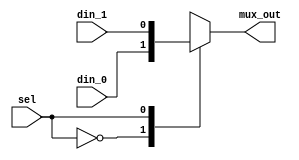
// This program was cloned from: https://github.com/TeamVoss/VossII
// License: Apache License 2.0

//-----------------------------------------------------
// Design Name : mux_using_case
// Function    : 2:1 Mux using Case
// Coder       : Deepak Kumar Tala
//-----------------------------------------------------
module  mux2(
    din_0      , // Mux first input
    din_1      , // Mux Second input
    sel           , // Select input
    mux_out   // Mux output
);
//-----------Input Ports---------------
input din_0, din_1, sel ;
//-----------Output Ports---------------
output mux_out;
//------------Internal Variables--------
reg  mux_out;
//-------------Code Starts Here---------
always @*
begin : MUX
 case(sel ) 
    1'b0 : mux_out = din_0;
    1'b1 : mux_out = din_1;
 endcase 
end

endmodule //End Of Module mux